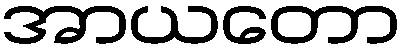
အာယတော